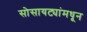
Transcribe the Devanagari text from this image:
सोसायट्यांमधून